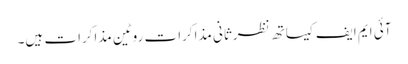
آئی ایم ایف کیساتھ نظرثانی مذاکرات روٹین مذاکرات ہیں۔